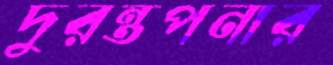
দুরন্তপনার